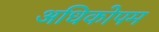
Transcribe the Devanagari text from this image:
अधिकोपम